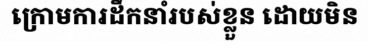
ក្រោមការដឹកនាំរបស់ខ្លួន ដោយមិន